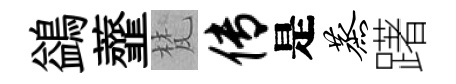
鷁虀梵传是蒸躇